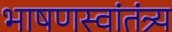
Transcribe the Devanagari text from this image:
भाषणस्वांतंत्र्य